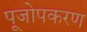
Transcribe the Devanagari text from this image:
पूजोपकरण